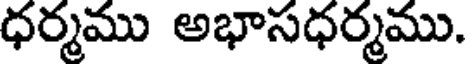
ధర్మము అభాసధర్మము.